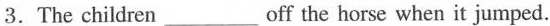
3.The children ___ off the horse when it jumped.